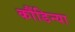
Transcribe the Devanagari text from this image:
कौंडिन्या